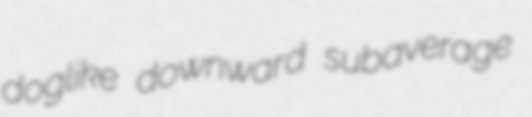
doglike downward subaverage